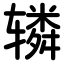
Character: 辚